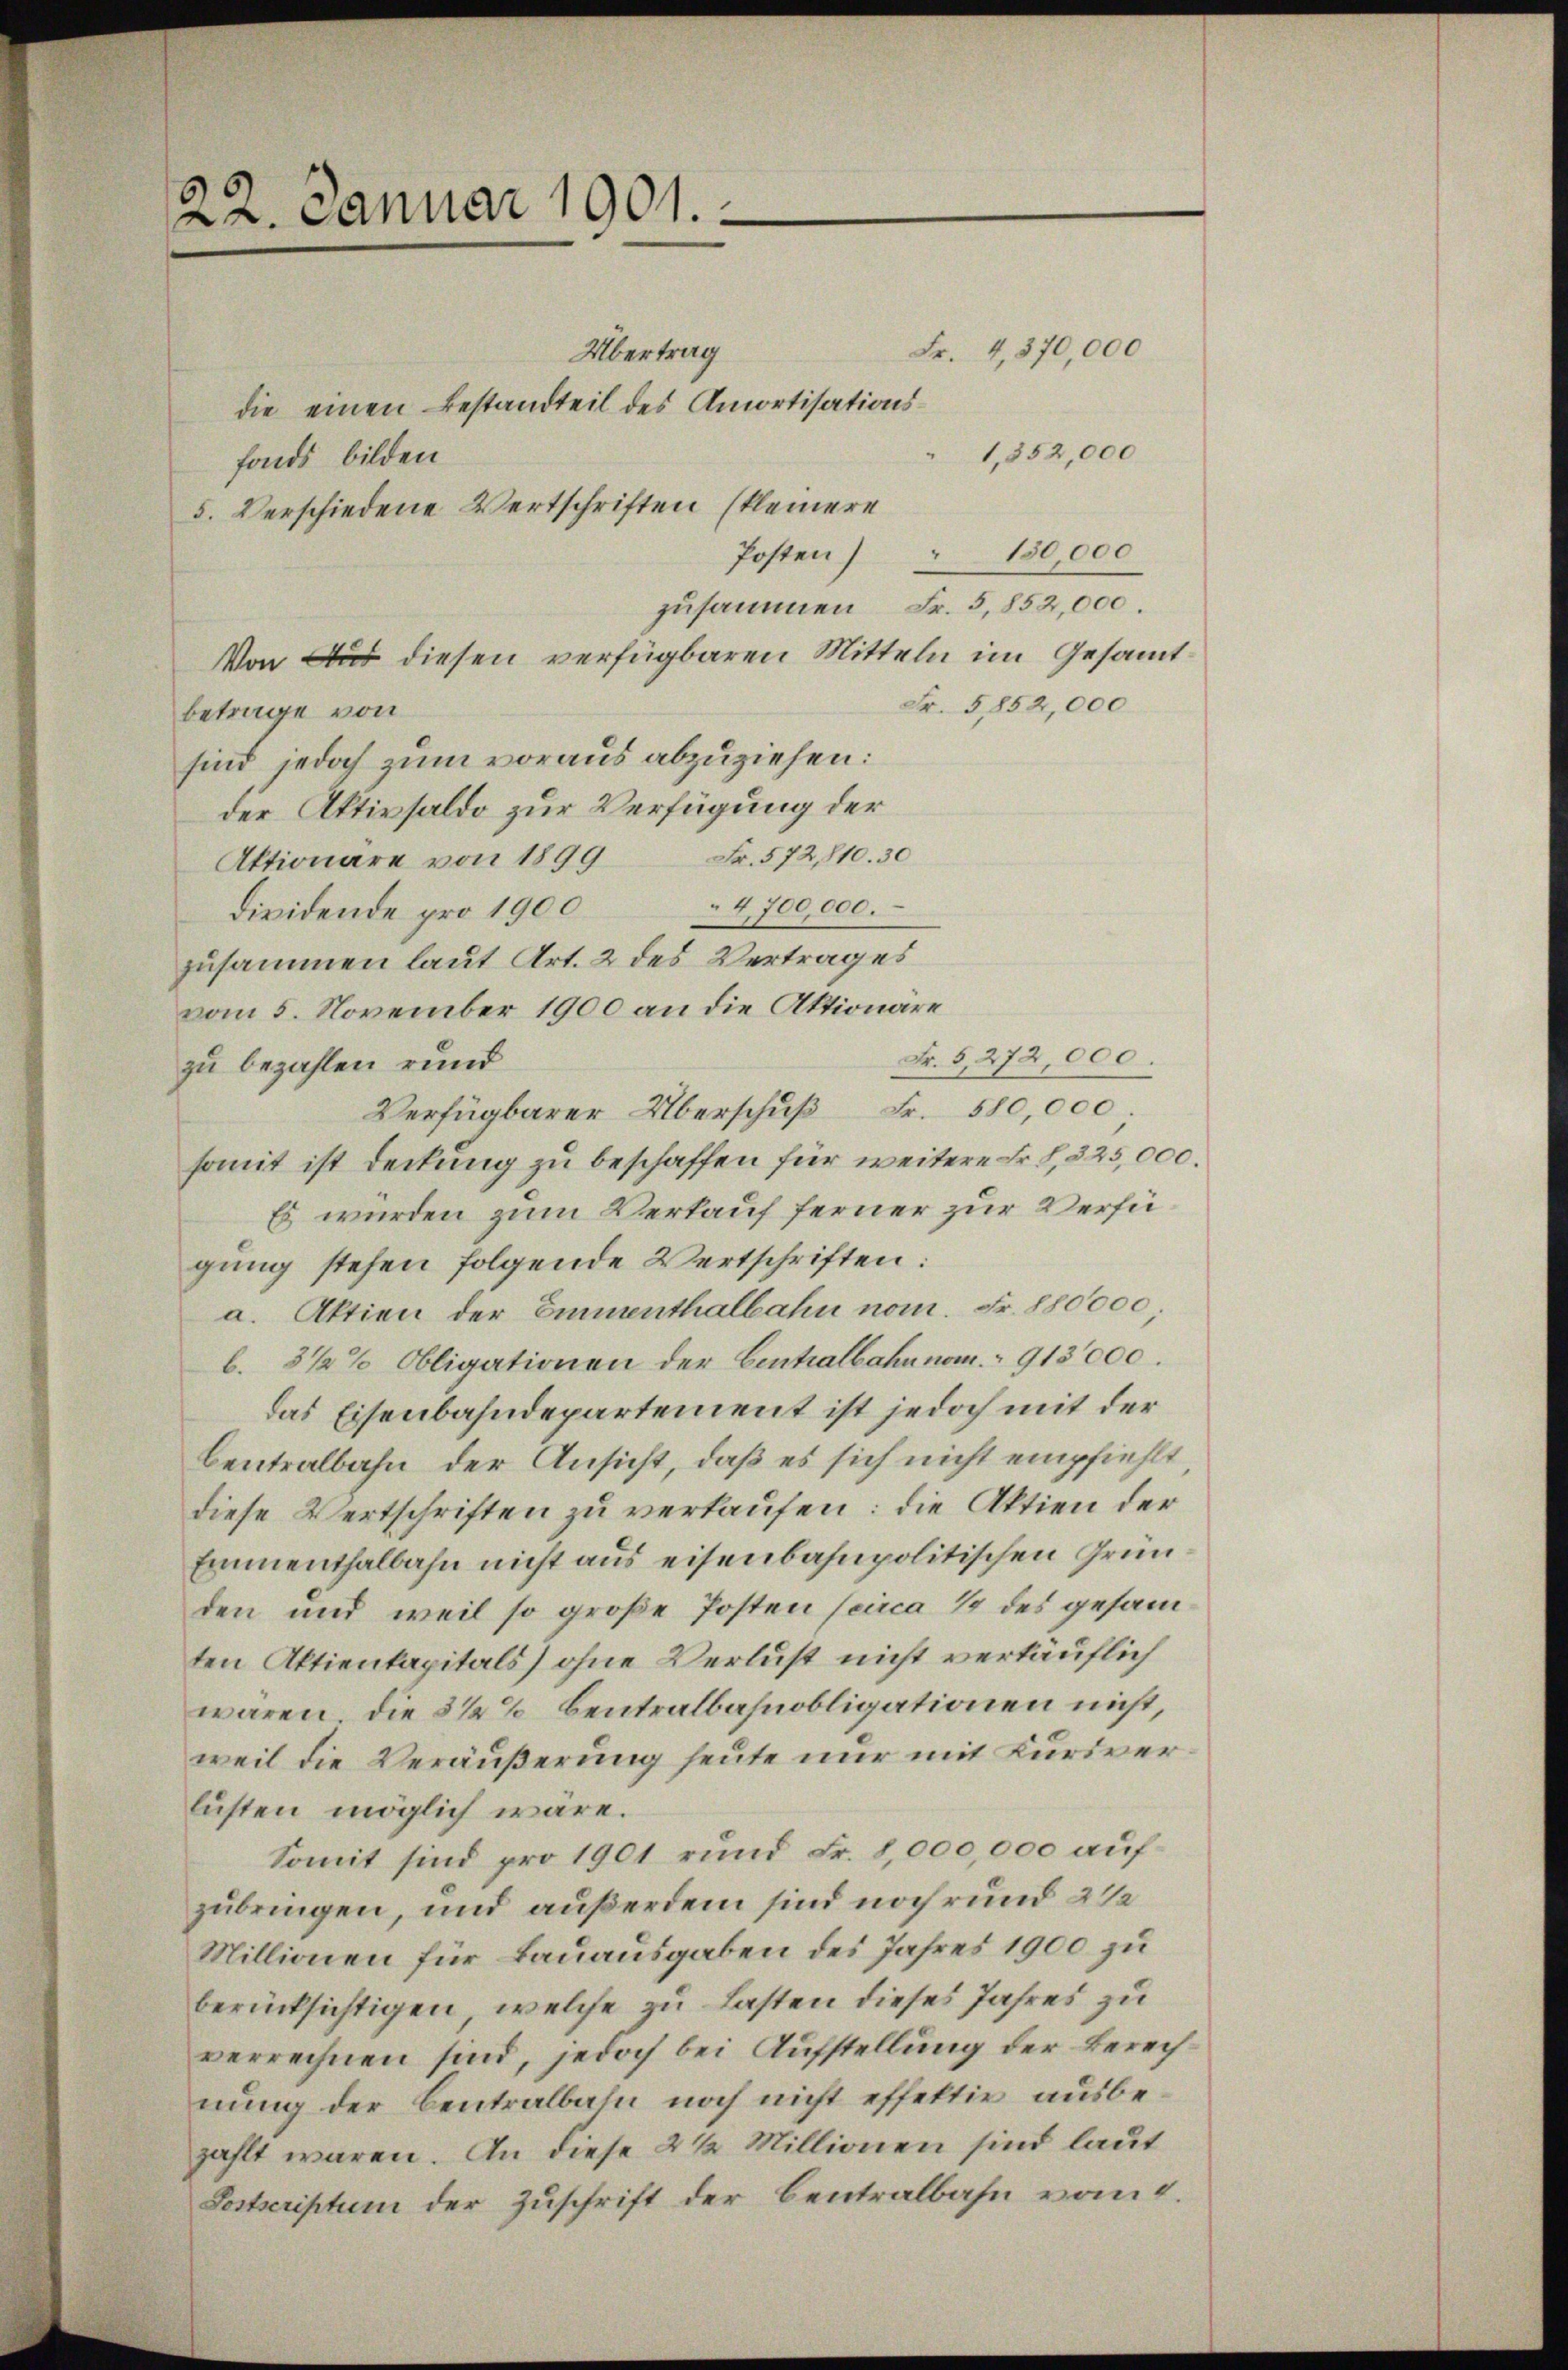
22. Januar 1901.

Übertrag
Fr. 4,370,000
die einen Bestandteil des Amortisations¬
1,352,000
fonds bilden
5. Verschiedene Wertschriften (kleinere
Posten 150,000
zusammen Fr. 5,852,000.
Von Aus diesen verfügbaren Mitteln im Gesammt¬
Fr. 5852,000
betrage von
sind jedoch zum voraus abzuziehen:
der Aktivsaldo zur Verfügung der
Fr. 572,810. 30
Aktionare von 1899
4,700,000.
dividende pro 1900
zusammen laut Art. 2 des Vertrages
vom 5. November 1900 an die Aktionäre
Fr. 5, 272,000.
zu bezahlen rund
Verfügbarer Überschŭβ Fr. 580,000.
somit ist deckung zu beschaffen für weitere Fr. 1, 325,000.
Es wurden zum Verkauf ferner zur Verfügung stehen folgende Wertschriften:
a. Aktien der Emmenthalbahn nom. Fr. 880000;
b. 3 1/2% Obligationen der Centralbahn nom. 913,000.
das Eisenbahndepartement ist jedoch mit der
Centralbahn der Ansicht, daß es sich nicht empfiehlt,
diese Wertschriften zu verkaufen: die Aktien der
Emmenthalbahn nicht aus eisenbahnpolitischen Grunden und weil so große Posten (circa 1/4 des gesamten Aktienkapitals) ohne Verlust nicht verkäuflich
waren, die 3 1/2% Centralbahnobligationen nicht,
weil die Veräußerung heute nur mit Kuriverlüsten möglich wäre.
Somit sind pro 1901 rund Fr. 8,000,000 aufzubringen, und außerdem sind noch rund 2 1/2
Millionen für Bauausgaben des Jahres 1900 zu
berücksichtigen, welche zu Lasten dieses Jahres zu
verrechnen sind, jedoch bei Aufstellung der Berechnung der Centralbahn noch nicht effektir ausbezahlt waren. An diese 2 1/2 Millionen sind laut
Postscriptum der Zuschrift der Centralbahn vom 4.